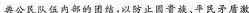
典公民队伍内部的团结，以防止因贵族、平民矛盾激